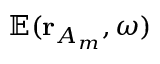
\mathbb { E } ( \mathbf { r } _ { A _ { m } } , \omega )